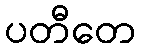
ပတီတေ